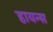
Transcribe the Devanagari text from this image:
हायन्स